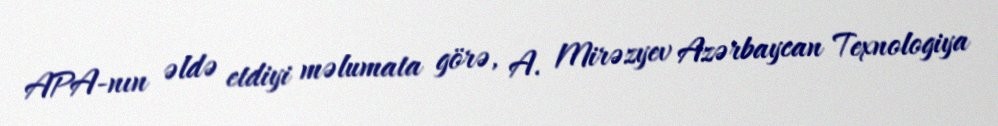
APA-nın əldə etdiyi məlumata görə, A. Mirəzyev Azərbaycan Texnologiya